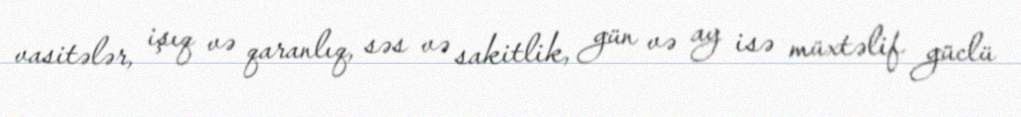
vasitələr, işıq və qaranlıq, səs və sakitlik, gün və ay isə müxtəlif güclü